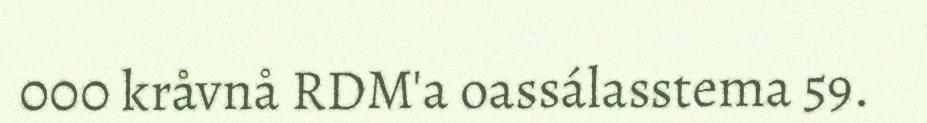
000 kråvnå RDM'a oassálasstema 59.